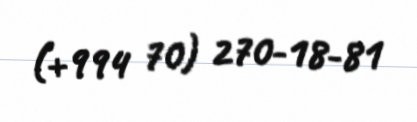
(+994 70) 270-18-81